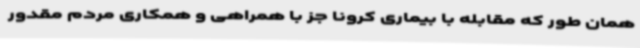
همان طور که مقابله با بیماری کرونا جز با همراهی و همکاری مردم مقدور